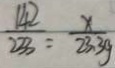
\frac { 1 4 2 } { 2 3 3 } = \frac { x } { 2 3 . 3 g }